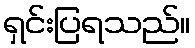
ရှင်းပြရသည်။